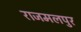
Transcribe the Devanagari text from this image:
राजमलपुर